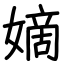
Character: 嫡